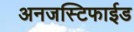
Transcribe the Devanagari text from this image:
अनजस्टिफाईड